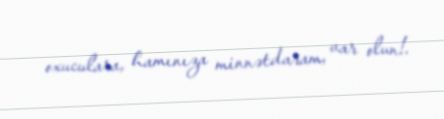
oxuculara, hamınıza minnətdaram, var olun!.